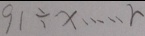
9 1 \div x \cdots r